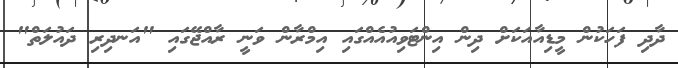
ދާދި ފަހަކުން މީޑިއާއަކަށް ދިން އިންޓަވިއުއެއްގައި އިމްރާން ވަނީ ރާއްޖޭގައި "އަނދިރި ދައުލަތް"